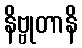
နိဗ္ဗုတာနိ